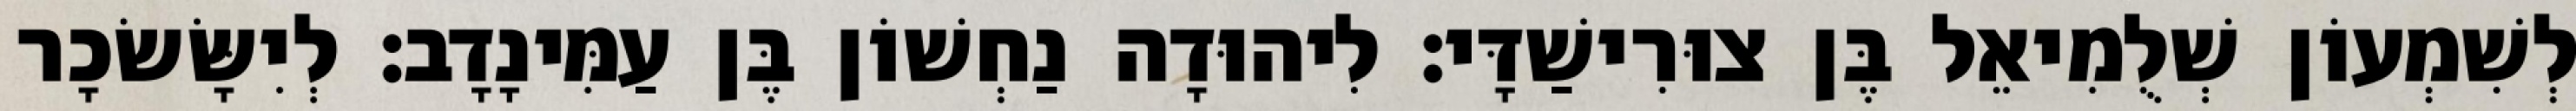
לְשִׁמְעוֹן שְׁלֻמִיאֵל בֶּן צוּרִישַׁדָּי׃ לִיהוּדָה נַחְשׁוֹן בֶּן עַמִּינָדָב׃ לְיִשָּׂשׂכָר